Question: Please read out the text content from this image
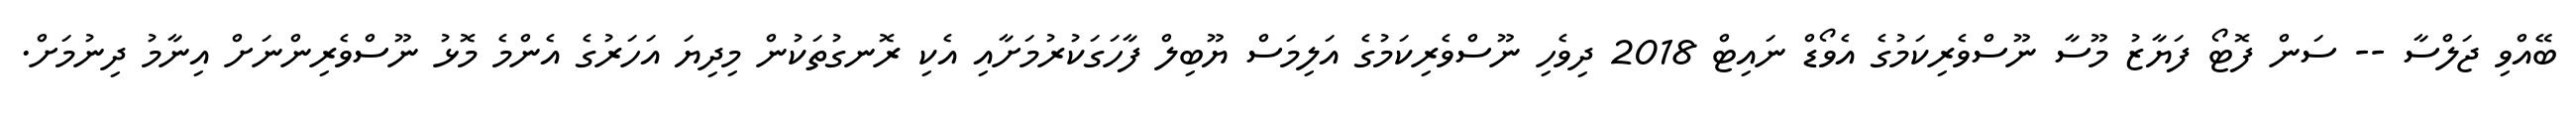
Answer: ބޭއްވި ޖަލްސާ -- ސަން ފޮޓޯ ފަޔާޒު މޫސާ ނޫސްވެރިކަމުގެ އެވޯޑް ނައިޓް 2018 ދިވެހި ނޫސްވެރިކަމުގެ އަލިމަސް ޔޫބިލް ފާހަގަކުރުމަށާއި އެކި ރޮނގުތަކުން މިދިޔަ އަހަރުގެ އެންމެ މޮޅު ނޫސްވެރިންނަށް އިނާމު ދިނުމަށް.